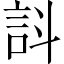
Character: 䚵